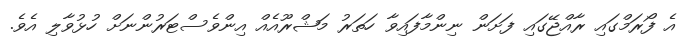
އެ ފޯރަމްގައި ރާއްޖޭގައި ފަށަން ނިންމާފައިވާ ހަތަރު މަޝްރޫއެއް އިންވެސްޓަރުންނަށް ހުޅުވާލި އެވެ.